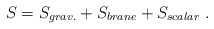
\begin{align*}S = S_{grav.} + S_{brane} + S_{scalar}\ .\end{align*}